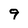
Character: 9